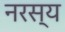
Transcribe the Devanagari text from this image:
नरस्य